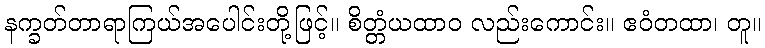
နက္ခတ်တာရာကြယ်အပေါင်းတို့ဖြင့်။ စိတ္တံယထာဝ လည်းကောင်း။ ဧဝံတထာ၊ တူ။